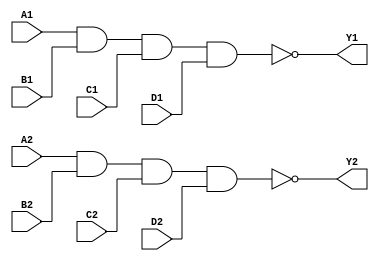


//Dual 4-input NAND gate
module ic_7420(
    Y1, A1, B1, C1, D1,
    Y2, A2, B2, C2, D2);
    output Y1, Y2;
    input A1, A2;
    input B1, B2;
    input C1, C2;
    input D1, D2;

    assign Y1 = ~(A1 & B1 & C1 & D1); 
    assign Y2 = ~(A2 & B2 & C2 & D2);

endmodule